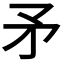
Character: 矛